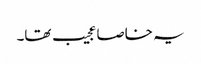
یہ خاصا عجیب تھا۔